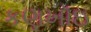
કણખૉઇ